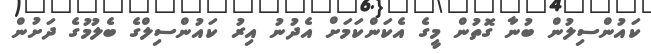
ކައުންސިލުން ބުނާ ގޮތުން މީގެ އެކަންކަމަށް އެދުނު އިރު ކައުންސިލްގެ ބެލުމުގެ ދަށުން